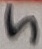
Text: 5